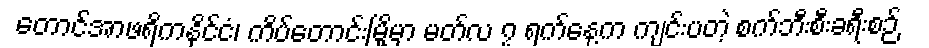
တောင်အာဖရိကနိုင်ငံ၊ ကိပ်တောင်းမြို့မှာ မတ်လ ၇ ရက်နေ့က ကျင်းပတဲ့ စက်ဘီးစီးခရီးစဉ်